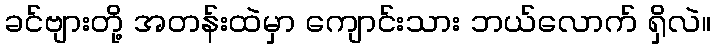
ခင်ဗျားတို့ အတန်းထဲမှာ ကျောင်းသား ဘယ်လောက် ရှိလဲ။